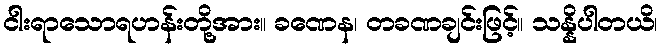
ငါးရာသောရဟန်းတို့အား။ ခဏေန၊ တခဏချင်းဖြင့်။ သန္နိပါတယိ၊